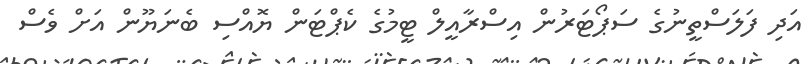
އަދި ފަލަސްތީނުގެ ސަޕޯޓަރުން އިސްރާއީލް ޓީމުގެ ކެޕްޓަން ޔޮއްސި ބެނަޔޫން އަށް ވެސް